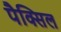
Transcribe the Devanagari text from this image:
पैक्सिल